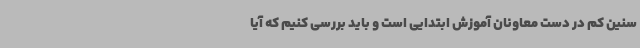
سنین کم در دست معاونان آموزش ابتدایی است و باید بررسی کنیم که آیا